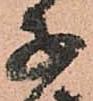
子